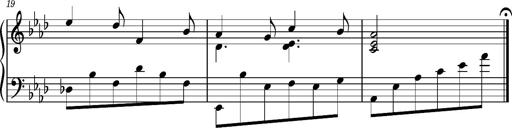
Title: Album-Leaf 'Freudvoll und leidvoll', S.166n
Composer: Franz Liszt
Key: A-flat major